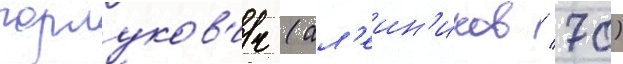
горлуков'ич (ал'еин'иков / 70)